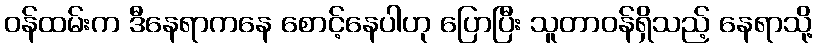
ဝန်ထမ်းက ဒီနေရာကနေ စောင့်နေပါဟု ပြောပြီး သူတာဝန်ရှိသည့် နေရာသို့